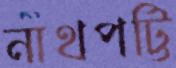
নাথপট্টি